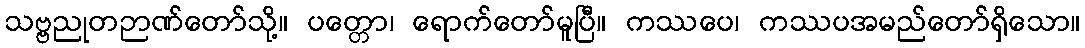
သဗ္ဗညုတဉာဏ်တော်သို့။ ပတ္တော၊ ရောက်တော်မူပြီ။ ကဿပေ၊ ကဿပအမည်တော်ရှိသော။